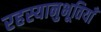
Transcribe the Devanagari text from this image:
रहस्यानुभूतियाँ